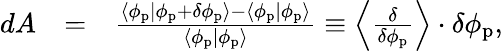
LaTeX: \begin{array}{rlr}{dA}&{=}&{\frac{\langle\phi_{\mathrm{p}}|\phi_{\mathrm{p}}+\delta\phi_{\mathrm{p}}\rangle-\langle\phi_{\mathrm{p}}|\phi_{\mathrm{p}}\rangle}{\langle\phi_{\mathrm{p}}|\phi_{\mathrm{p}}\rangle}\equiv\left\langle\frac{\delta}{\delta\phi_{\mathrm{p}}}\right\rangle\cdot\delta\phi_{\mathrm{p}},}\end{array}